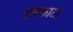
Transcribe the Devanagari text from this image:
इसकाळ